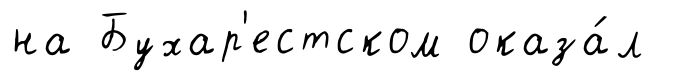
на Бухар'естском оказа́л